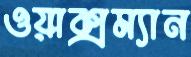
ওয়াক্সম্যান